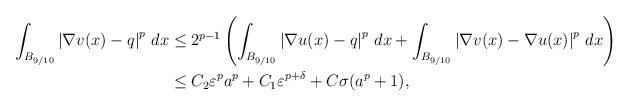
LaTeX: \begin{align*}\int_{B_{9/10}}\left|\nabla v(x)-q\right|^p\,dx \le\;& 2^{p-1}\left(\int_{B_{9/10}}\left|\nabla u(x)-q\right|^p\,dx+\int_{B_{9/10}}\left|\nabla v(x)-\nabla u(x)\right|^p\,dx\right)\\\le\; & C_2\varepsilon^pa^p+C_1\varepsilon^{p+\delta}+C\sigma(a^p+1),\end{align*}